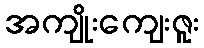
အကျိုးကျေးဇူး